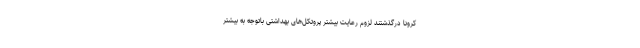
کرونا درگذشتند لزوم رعایت بیشتر پروتکل‌های بهداشتی باتوجه به بیشتر